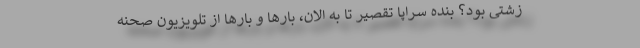
زشتی بود؟ بنده سراپا تقصیر تا به الان، بارها و بارها از تلویزیون صحنه